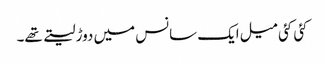
کئی کئی میل ایک سانس میں دوڑ لیتے تھے۔